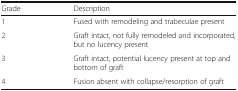
<table><thead><tr><td><b>Grade</b></td><td><b>Description</b></td></tr></thead><tbody><tr><td>1</td><td>Fused with remodeling and trabeculae present</td></tr><tr><td>2</td><td>Graft intact, not fully remodeled and incorporated, but no lucency present</td></tr><tr><td>3</td><td>Graft intact, potential lucency present at top and bottom of graft</td></tr><tr><td>4</td><td>Fusion absent with collapse/resorption of graft</td></tr></tbody></table>